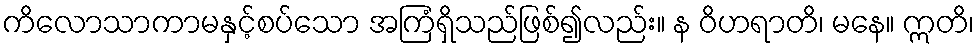
ကိလောသာကာမနှင့်စပ်သော အကြံရှိသည်ဖြစ်၍လည်း။ န ဝိဟရာတိ၊ မနေ။ ဣတိ၊